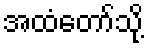
အထံတော်သို့